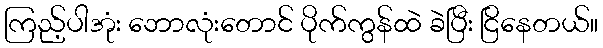
ကြည့်ပါအုံး ဘောလုံးတောင် ပိုက်ကွန်ထဲ ခဲပြီး ငြိနေတယ်။